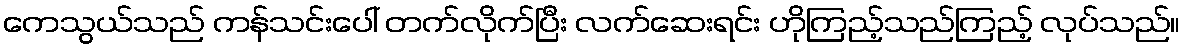
ကေသွယ်သည် ကန်သင်းပေါ် တက်လိုက်ပြီး လက်ဆေးရင်း ဟိုကြည့်သည်ကြည့် လုပ်သည်။